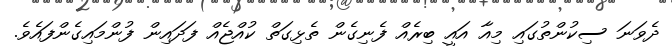
ދެވަނަ ސިކުންތުގައި މިއާ އައީ ބިރެއް ފެނިގެން ތެޅިގަތް ކުއްޖެއް ފަދައިން ފުންމައިގެންފައެވެ.